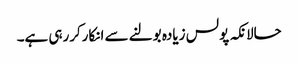
حالانکہ پولس زیادہ بولنے سے انکارکررہی ہے۔